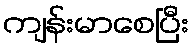
ကျန်းမာစေပြီး